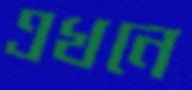
এখনে